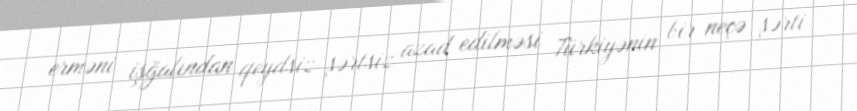
erməni işğalından qeydsiz-şərtsiz azad edilməsi Türkiyənin bir neçə şərti